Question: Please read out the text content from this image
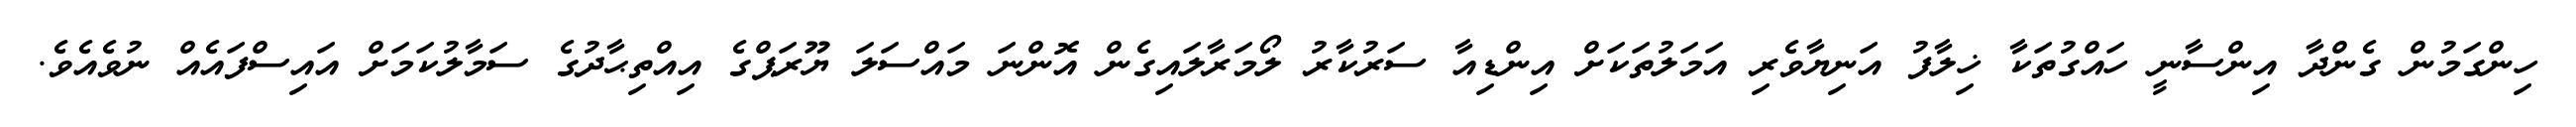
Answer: ހިންގަމުން ގެންދާ އިންސާނީ ހައްގުތަކާ ޚިލާފު އަނިޔާވެރި އަމަލުތަކަށް އިންޑިއާ ސަރުކާރު ލޯމަރާލައިގެން އޮންނަ މައްސަލަ ޔޫރަޕްގެ އިއްތިޙާދުގެ ސަމާލުކަމަށް އައިސްފައެއް ނުވެއެވެ.